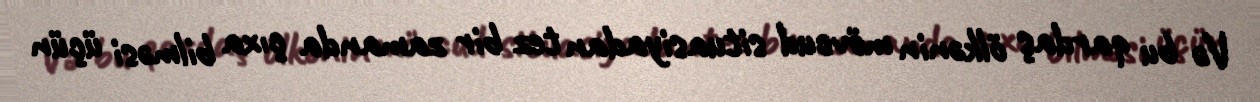
Və bu qardaş ölkənin mövcud situasiyadan tez bir zamanda çıxa bilməsi üçün